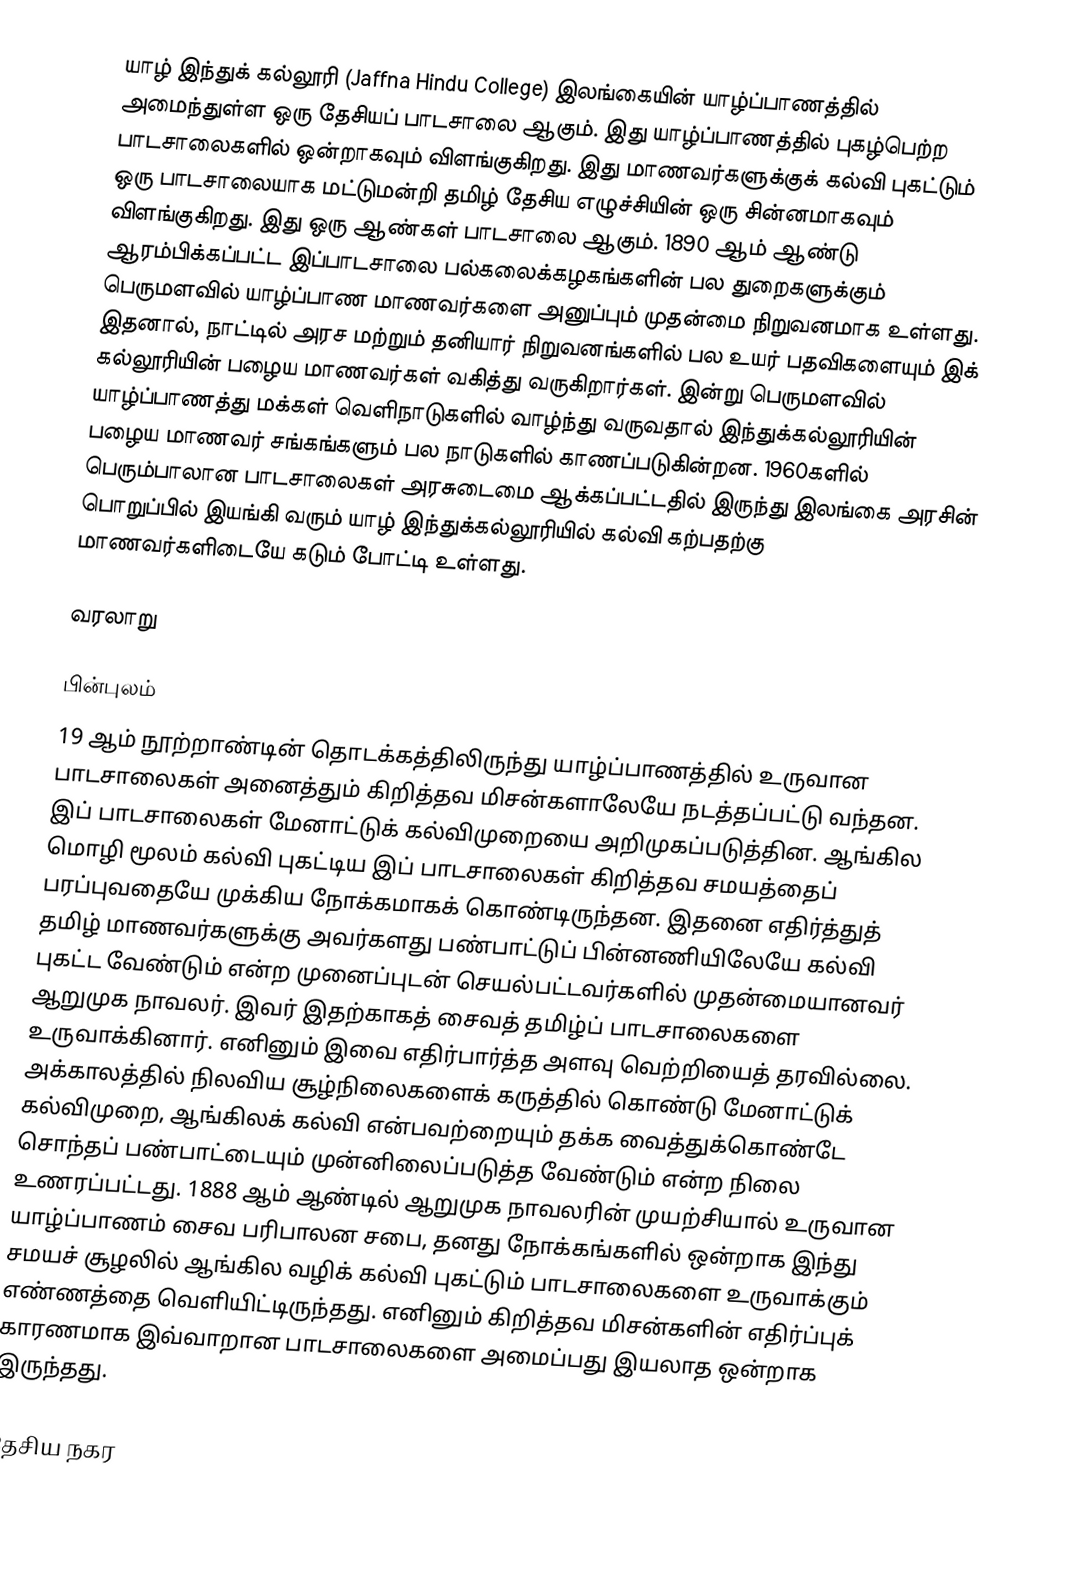
யாழ் இந்துக் கல்லூரி (Jaffna Hindu College) இலங்கையின் யாழ்ப்பாணத்தில் அமைந்துள்ள ஒரு தேசியப் பாடசாலை ஆகும். இது யாழ்ப்பாணத்தில் புகழ்பெற்ற பாடசாலைகளில் ஒன்றாகவும் விளங்குகிறது. இது மாணவர்களுக்குக் கல்வி புகட்டும் ஒரு பாடசாலையாக மட்டுமன்றி தமிழ் தேசிய எழுச்சியின் ஒரு சின்னமாகவும் விளங்குகிறது. இது ஒரு ஆண்கள் பாடசாலை ஆகும். 1890 ஆம் ஆண்டு ஆரம்பிக்கப்பட்ட இப்பாடசாலை பல்கலைக்கழகங்களின் பல துறைகளுக்கும் பெருமளவில் யாழ்ப்பாண மாணவர்களை அனுப்பும் முதன்மை நிறுவனமாக உள்ளது. இதனால், நாட்டில் அரச மற்றும் தனியார் நிறுவனங்களில் பல உயர் பதவிகளையும் இக் கல்லூரியின் பழைய மாணவர்கள் வகித்து வருகிறார்கள். இன்று பெருமளவில் யாழ்ப்பாணத்து மக்கள் வெளிநாடுகளில் வாழ்ந்து வருவதால் இந்துக்கல்லூரியின் பழைய மாணவர் சங்கங்களும் பல நாடுகளில் காணப்படுகின்றன. 1960களில் பெரும்பாலான பாடசாலைகள் அரசுடைமை ஆக்கப்பட்டதில் இருந்து இலங்கை அரசின் பொறுப்பில் இயங்கி வரும் யாழ் இந்துக்கல்லூரியில் கல்வி கற்பதற்கு மாணவர்களிடையே கடும் போட்டி உள்ளது.

வரலாறு

பின்புலம்
19 ஆம் நூற்றாண்டின் தொடக்கத்திலிருந்து யாழ்ப்பாணத்தில் உருவான பாடசாலைகள் அனைத்தும் கிறித்தவ மிசன்களாலேயே நடத்தப்பட்டு வந்தன. இப் பாடசாலைகள் மேனாட்டுக் கல்விமுறையை அறிமுகப்படுத்தின. ஆங்கில மொழி மூலம் கல்வி புகட்டிய இப் பாடசாலைகள் கிறித்தவ சமயத்தைப் பரப்புவதையே முக்கிய நோக்கமாகக் கொண்டிருந்தன. இதனை எதிர்த்துத் தமிழ் மாணவர்களுக்கு அவர்களது பண்பாட்டுப் பின்னணியிலேயே கல்வி புகட்ட வேண்டும் என்ற முனைப்புடன் செயல்பட்டவர்களில் முதன்மையானவர் ஆறுமுக நாவலர். இவர் இதற்காகத் சைவத் தமிழ்ப் பாடசாலைகளை உருவாக்கினார். எனினும் இவை எதிர்பார்த்த அளவு வெற்றியைத் தரவில்லை. அக்காலத்தில் நிலவிய சூழ்நிலைகளைக் கருத்தில் கொண்டு மேனாட்டுக் கல்விமுறை, ஆங்கிலக் கல்வி என்பவற்றையும் தக்க வைத்துக்கொண்டே சொந்தப் பண்பாட்டையும் முன்னிலைப்படுத்த வேண்டும் என்ற நிலை உணரப்பட்டது. 1888 ஆம் ஆண்டில் ஆறுமுக நாவலரின் முயற்சியால் உருவான யாழ்ப்பாணம் சைவ பரிபாலன சபை, தனது நோக்கங்களில் ஒன்றாக இந்து சமயச் சூழலில் ஆங்கில வழிக் கல்வி புகட்டும் பாடசாலைகளை உருவாக்கும் எண்ணத்தை வெளியிட்டிருந்தது. எனினும் கிறித்தவ மிசன்களின் எதிர்ப்புக் காரணமாக இவ்வாறான பாடசாலைகளை அமைப்பது இயலாத ஒன்றாக இருந்தது.

தேசிய நகர